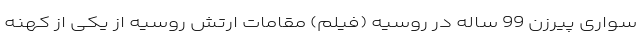
سواری پیرزن 99 ساله در روسیه (فیلم) مقامات ارتش روسیه از یکی از کهنه